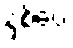
နှစ်ပေ